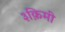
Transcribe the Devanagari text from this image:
३क़िमी